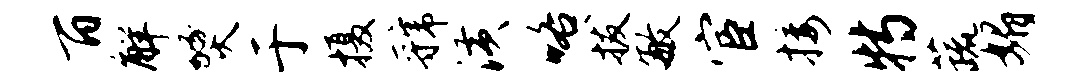
百解燹于摄虢潢咯拔敏宦接特蔬媚